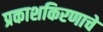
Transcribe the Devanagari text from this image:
प्रकाशकिरणाचे